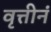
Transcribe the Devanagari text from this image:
वृत्तीनं